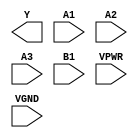
/**
 * Copyright 2020 The SkyWater PDK Authors
 *
 * Licensed under the Apache License, Version 2.0 (the "License");
 * you may not use this file except in compliance with the License.
 * You may obtain a copy of the License at
 *
 *     https://www.apache.org/licenses/LICENSE-2.0
 *
 * Unless required by applicable law or agreed to in writing, software
 * distributed under the License is distributed on an "AS IS" BASIS,
 * WITHOUT WARRANTIES OR CONDITIONS OF ANY KIND, either express or implied.
 * See the License for the specific language governing permissions and
 * limitations under the License.
 *
 * SPDX-License-Identifier: Apache-2.0
 */

`ifndef SKY130_FD_SC_HS__O31AI_PP_BLACKBOX_V
`define SKY130_FD_SC_HS__O31AI_PP_BLACKBOX_V

/**
 * o31ai: 3-input OR into 2-input NAND.
 *
 *        Y = !((A1 | A2 | A3) & B1)
 *
 * Verilog stub definition (black box with power pins).
 *
 * WARNING: This file is autogenerated, do not modify directly!
 */

`timescale 1ns / 1ps
`default_nettype none

(* blackbox *)
module sky130_fd_sc_hs__o31ai (
    Y   ,
    A1  ,
    A2  ,
    A3  ,
    B1  ,
    VPWR,
    VGND
);

    output Y   ;
    input  A1  ;
    input  A2  ;
    input  A3  ;
    input  B1  ;
    input  VPWR;
    input  VGND;
endmodule

`default_nettype wire
`endif  // SKY130_FD_SC_HS__O31AI_PP_BLACKBOX_V